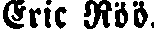
Eric Röö.